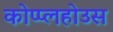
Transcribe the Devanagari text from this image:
कोप्प्लहोउस